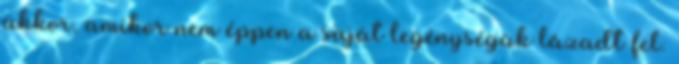
akkor, amikor nem éppen a saját legénységük lázadt fel.